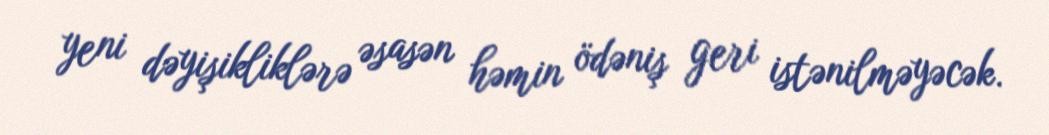
yeni dəyişikliklərə əsasən həmin ödəniş geri istənilməyəcək.